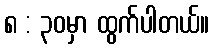
၈ : ၃၀မှာ ထွက်ပါတယ်။